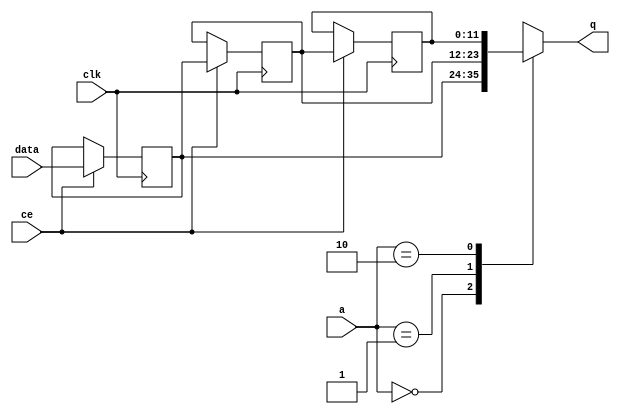
// ==============================================================
// File generated by Vivado(TM) HLS - High-Level Synthesis from C, C++ and SystemC
// Version: 2013.2
// Copyright (C) 2013 Xilinx Inc. All rights reserved.
// 
// ==============================================================


`timescale 1 ns / 1 ps

module FIFO_image_filter_p_src_cols_V_shiftReg (
    clk,
    data,
    ce,
    a,
    q);

parameter DATA_WIDTH = 32'd12;
parameter ADDR_WIDTH = 32'd2;
parameter DEPTH = 32'd3;

input clk;
input [DATA_WIDTH-1:0] data;
input ce;
input [ADDR_WIDTH-1:0] a;
output [DATA_WIDTH-1:0] q;

reg[DATA_WIDTH-1:0] SRL_SIG [0:DEPTH-1];
integer i;

always @ (posedge clk)
    begin
        if (ce)
        begin
            for (i=0;i<DEPTH-1;i=i+1)
                SRL_SIG[i+1] <= SRL_SIG[i];
            SRL_SIG[0] <= data;
        end
    end

assign q = SRL_SIG[a];

endmodule

module FIFO_image_filter_p_src_cols_V (
    clk,
    reset,
    if_empty_n,
    if_read_ce,
    if_read,
    if_dout,
    if_full_n,
    if_write_ce,
    if_write,
    if_din);

parameter MEM_STYLE = "shiftreg";
parameter DATA_WIDTH = 32'd12;
parameter ADDR_WIDTH = 32'd2;
parameter DEPTH = 32'd3;

input clk;
input reset;
output if_empty_n;
input if_read_ce;
input if_read;
output[DATA_WIDTH - 1:0] if_dout;
output if_full_n;
input if_write_ce;
input if_write;
input[DATA_WIDTH - 1:0] if_din;

wire[ADDR_WIDTH - 1:0] shiftReg_addr ;
wire[DATA_WIDTH - 1:0] shiftReg_data, shiftReg_q;
reg[ADDR_WIDTH:0] mOutPtr = {(ADDR_WIDTH+1){1'b1}};
reg internal_empty_n = 0, internal_full_n = 1;

assign if_empty_n = internal_empty_n;
assign if_full_n = internal_full_n;
assign shiftReg_data = if_din;
assign if_dout = shiftReg_q;

always @ (posedge clk) begin
    if (reset == 1'b1)
    begin
        mOutPtr <= ~{ADDR_WIDTH+1{1'b0}};
        internal_empty_n <= 1'b0;
        internal_full_n <= 1'b1;
    end
    else begin
        if (((if_read & if_read_ce) == 1 & internal_empty_n == 1) && 
            ((if_write & if_write_ce) == 0 | internal_full_n == 0))
        begin
            mOutPtr <= mOutPtr -1;
            if (mOutPtr == 0)
                internal_empty_n <= 1'b0;
            internal_full_n <= 1'b1;
        end 
        else if (((if_read & if_read_ce) == 0 | internal_empty_n == 0) && 
            ((if_write & if_write_ce) == 1 & internal_full_n == 1))
        begin
            mOutPtr <= mOutPtr +1;
            internal_empty_n <= 1'b1;
            if (mOutPtr == DEPTH-2)
                internal_full_n <= 1'b0;
        end 
    end
end

assign shiftReg_addr = mOutPtr[ADDR_WIDTH] == 1'b0 ? mOutPtr[ADDR_WIDTH-1:0]:{ADDR_WIDTH{1'b0}};
assign shiftReg_ce = (if_write & if_write_ce) & internal_full_n;

FIFO_image_filter_p_src_cols_V_shiftReg 
#(
    .DATA_WIDTH(DATA_WIDTH),
    .ADDR_WIDTH(ADDR_WIDTH),
    .DEPTH(DEPTH))
U_FIFO_image_filter_p_src_cols_V_ram (
    .clk(clk),
    .data(shiftReg_data),
    .ce(shiftReg_ce),
    .a(shiftReg_addr),
    .q(shiftReg_q));

endmodule